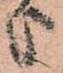
上